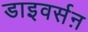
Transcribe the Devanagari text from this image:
डाइवर्सऩ